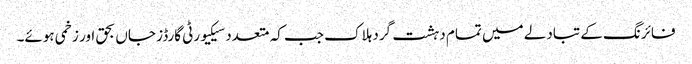
فائرنگ کے تبادلے میں تمام دہشت گرد ہلاک جب کہ متعدد سیکیورٹی گارڈز جاں بحق اور زخمی ہوئے۔